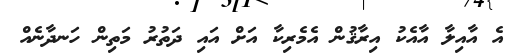
އެ އާއިލާ އާއެކު އިރާޤުން އެމެރިކާ އަށް އައި ދަތުރު މަތިން ހަނދާނެއް